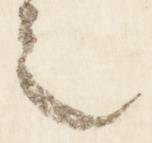
之